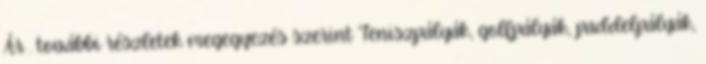
Ár . további részletek megegyezés szerint Teniszpályák, golfpályák, paddelpályák,